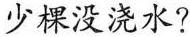
少棵没浇水?